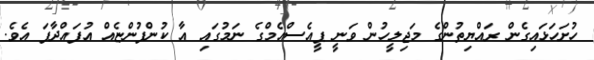
ހުށަހަޅައިގެން ރައްޔިތުންގެ މަޖިލީހުން ވަނީ ޕީއެސްއެމްގެ ނަމުގައި އާ ކުންފުންޏެއް އުފައްދާފަ އެވެ.